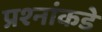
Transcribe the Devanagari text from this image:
प्रश्‍नांकडे